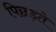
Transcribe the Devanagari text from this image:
पिछड़ते